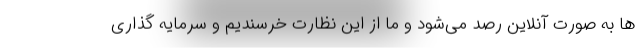
ها به صورت آنلاین رصد می‌شود و ما از این نظارت خرسندیم و سرمایه گذاری